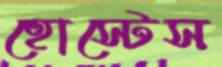
হোস্টেস